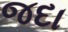
જદા